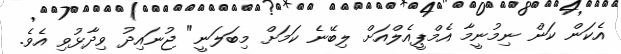
އެކަން ކަން ނިމުނީމާ އެމްޕީއެލްއަށް ލިބޭނެ ކަމަށް މިބަލަނީ" ޖުނައިދު ވިދާޅުވި އެވެ.